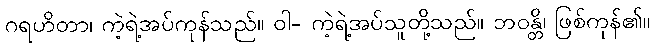
ဂရဟိတာ၊ ကဲ့ရဲ့အပ်ကုန်သည်။ ဝါ- ကဲ့ရဲ့အပ်သူတို့သည်။ ဘဝန္တိ၊ ဖြစ်ကုန်၏။